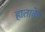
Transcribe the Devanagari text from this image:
हाताके